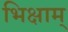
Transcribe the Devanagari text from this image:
भिक्षाम्